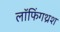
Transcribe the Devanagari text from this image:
लॉफिंगथ्रश